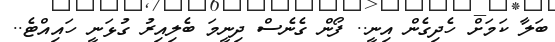
ބަލާ ކަމަށް ހެދިގެން އިނީ.. ފޯން ގެނެސް ދިނީމަ ބެލިއިރު ގުޅަނީ ހައިއްޓެ..